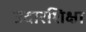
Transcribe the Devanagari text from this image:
उदारशिक्षा